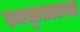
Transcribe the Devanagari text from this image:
डब्ल्यूएसएफ़एल